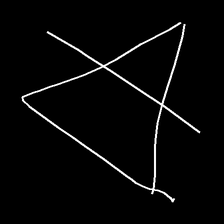
Glyph: empower